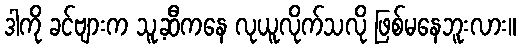
ဒါကို ခင်ဗျားက သူ့ဆီကနေ လုယူလိုက်သလို ဖြစ်မနေဘူးလား။